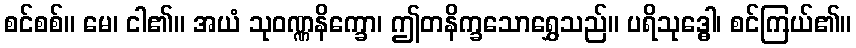
စင်စစ်။ မေ၊ ငါ၏။ အယံ သုဝဏ္ဏနိက္ခော၊ ဤတနိက္ခသောရွှေသည်။ ပရိသုဒ္ဓေါ၊ စင်ကြယ်၏။